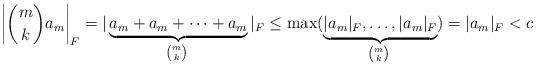
LaTeX: \begin{align*}\left|\binom{m}{k}a_{m}\right|_F = |\underbrace{a_{m} + a_{m} + \dotsb + a_{m}}_{\binom{m}{k} \; }|_F \le \max(\underbrace{|a_{m}|_F, \dotsc, |a_{m}|_F}_{\binom{m}{k} \; }) = |a_{m}|_F < c\end{align*}